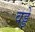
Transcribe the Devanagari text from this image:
वड्डे